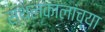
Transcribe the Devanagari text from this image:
स्थलकालांच्या